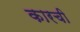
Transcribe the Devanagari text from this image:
कारची